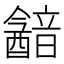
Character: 韽